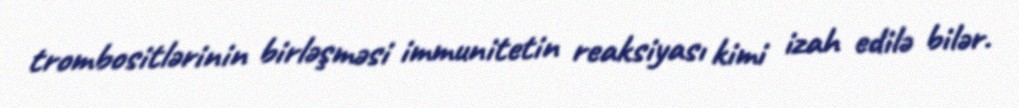
trombositlərinin birləşməsi immunitetin reaksiyası kimi izah edilə bilər.